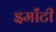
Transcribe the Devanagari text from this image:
इमाँटी